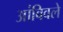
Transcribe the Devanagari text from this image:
आंबिवले